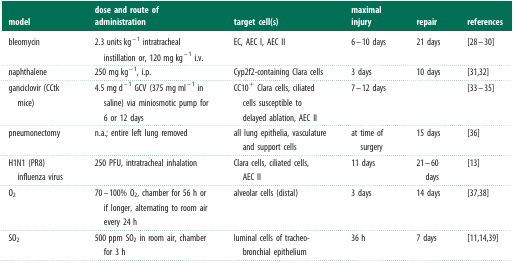
<table><thead><tr><td><b>model</b></td><td><b>dose and route of administration</b></td><td><b>target cell(s)</b></td><td><b>maximal injury</b></td><td><b>repair</b></td><td><b>references</b></td></tr></thead><tbody><tr><td>bleomycin</td><td>2.3 units kg<sup>–1</sup> intratracheal instillation or, 120 mg kg<sup>–1</sup> i.v.</td><td>EC, AEC I, AEC II</td><td>6–10 days</td><td>21 days</td><td>[28–30]</td></tr><tr><td>naphthalene</td><td>250 mg kg<sup>–1</sup>, i.p.</td><td>Cyp2f2-containing Clara cells</td><td>3 days</td><td>10 days</td><td>[31,32]</td></tr><tr><td>ganciclovir (CCtk mice)</td><td>4.5 mg d<sup>–1</sup> GCV (375 mg ml<sup>–1</sup> in saline) via miniosmotic pump for 6 or 12 days</td><td>CC10<sup>+</sup> Clara cells, ciliated cells susceptible to delayed ablation, AEC II</td><td>7–12 days</td><td></td><td>[33–35]</td></tr><tr><td>pneumonectomy</td><td>n.a.; entire left lung removed</td><td>all lung epithelia, vasculature and support cells</td><td>at time of surgery</td><td>15 days</td><td>[36]</td></tr><tr><td>H1N1 (PR8) influenza virus</td><td>250 PFU, intratracheal inhalation</td><td>Clara cells, ciliated cells, AEC II</td><td>11 days</td><td>21–60 days</td><td>[13]</td></tr><tr><td>O<sub>2</sub></td><td>70–100% O<sub>2</sub>, chamber for 56 h or if longer, alternating to room air every 24 h</td><td>alveolar cells (distal)</td><td>3 days</td><td>14 days</td><td>[37,38]</td></tr><tr><td>SO<sub>2</sub></td><td>500 ppm SO<sub>2</sub> in room air, chamber for 3 h</td><td>luminal cells of tracheo-bronchial epithelium</td><td>36 h</td><td>7 days</td><td>[11,14,39]</td></tr></tbody></table>